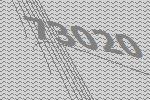
73020